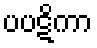
ပပဋိကာ